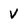
Character: V